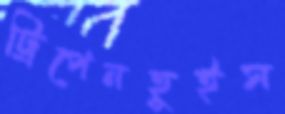
ট্রিপেনহুইস